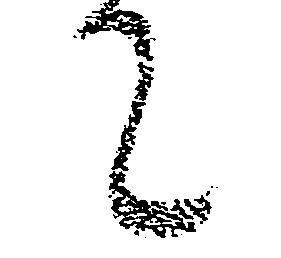
て